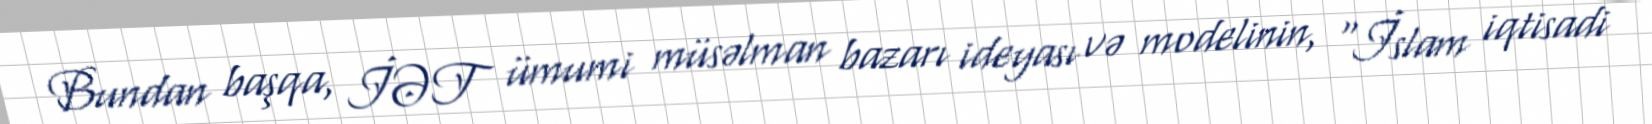
Bundan başqa, İƏT ümumi müsəlman bazarı ideyası və modelinin, “İslam iqtisadi